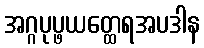
အဂ္ဂပုပ္ဖယတ္ထေရအပဒါန